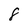
Character: 8